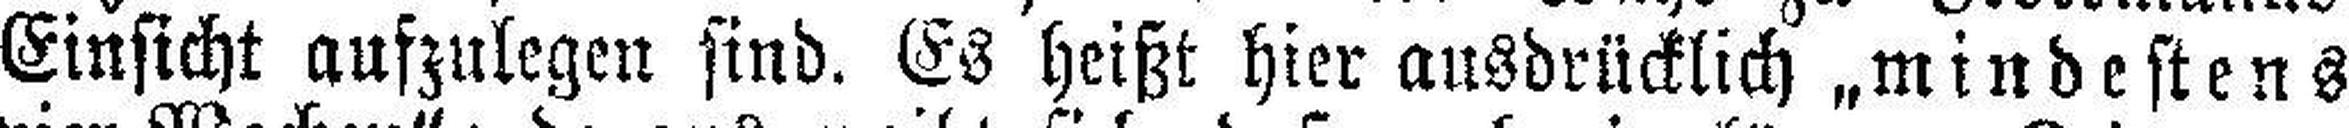
Einsicht aufzulegen sind. Es heißt hier ausdrücklich „mindestens